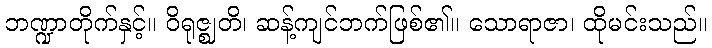
ဘဏ္ဍာတိုက်နှင့်။ ဝိရုဇ္ဈတိ၊ ဆန့်ကျင်ဘက်ဖြစ်၏။ သောရာဇာ၊ ထိုမင်းသည်။